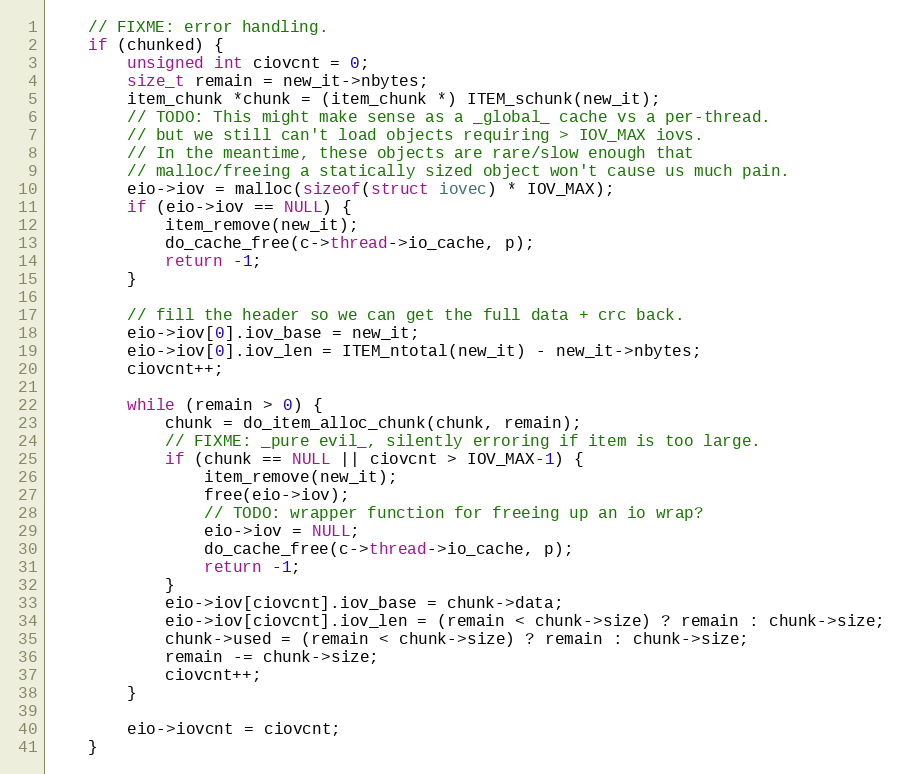
Language: C
    // FIXME: error handling.
    if (chunked) {
        unsigned int ciovcnt = 0;
        size_t remain = new_it->nbytes;
        item_chunk *chunk = (item_chunk *) ITEM_schunk(new_it);
        // TODO: This might make sense as a _global_ cache vs a per-thread.
        // but we still can't load objects requiring > IOV_MAX iovs.
        // In the meantime, these objects are rare/slow enough that
        // malloc/freeing a statically sized object won't cause us much pain.
        eio->iov = malloc(sizeof(struct iovec) * IOV_MAX);
        if (eio->iov == NULL) {
            item_remove(new_it);
            do_cache_free(c->thread->io_cache, p);
            return -1;
        }

        // fill the header so we can get the full data + crc back.
        eio->iov[0].iov_base = new_it;
        eio->iov[0].iov_len = ITEM_ntotal(new_it) - new_it->nbytes;
        ciovcnt++;

        while (remain > 0) {
            chunk = do_item_alloc_chunk(chunk, remain);
            // FIXME: _pure evil_, silently erroring if item is too large.
            if (chunk == NULL || ciovcnt > IOV_MAX-1) {
                item_remove(new_it);
                free(eio->iov);
                // TODO: wrapper function for freeing up an io wrap?
                eio->iov = NULL;
                do_cache_free(c->thread->io_cache, p);
                return -1;
            }
            eio->iov[ciovcnt].iov_base = chunk->data;
            eio->iov[ciovcnt].iov_len = (remain < chunk->size) ? remain : chunk->size;
            chunk->used = (remain < chunk->size) ? remain : chunk->size;
            remain -= chunk->size;
            ciovcnt++;
        }

        eio->iovcnt = ciovcnt;
    }